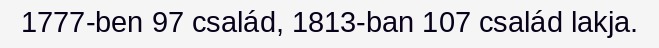
1777-ben 97 család, 1813-ban 107 család lakja.